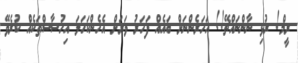
ރީމް! ރުޅި ނާންނައްޗޭ!! އަހަރެންނަށް ބައެއް ފަހަރު ވަރަށް އެހެންކަހަލަ އިހުސާސްތަކެއް ކުރެވޭ